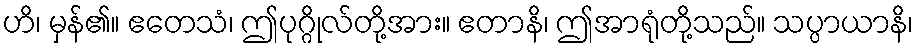
ဟိ၊ မှန်၏။ ဧတေသံ၊ ဤပုဂ္ဂိုလ်တို့အား။ ဧတာနိ၊ ဤအာရုံတို့သည်။ သပ္ပာယာနိ၊